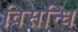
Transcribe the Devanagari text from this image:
विसन्धि